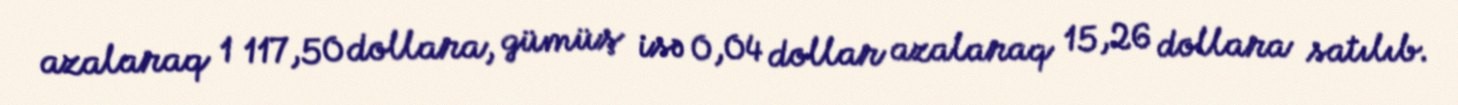
azalaraq 1 117,50 dollara, gümüş isə 0,04 dollar azalaraq 15,26 dollara satılıb.